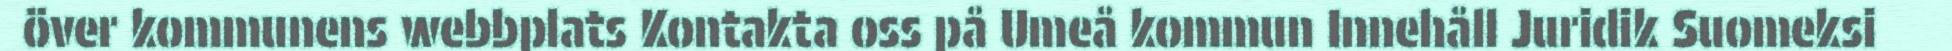
över kommunens webbplats Kontakta oss på Umeå kommun Innehåll Juridik Suomeksi